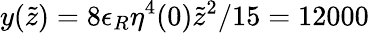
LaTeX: y(\tilde{z})=8\epsilon_{R}\eta^{4}(0)\tilde{z}^{2}/15=12000